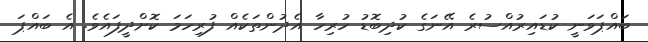
ބައްޕަވަނީ ކުޑައިރުއްސުރެ އޭނަގެ ކުދިބޮޑު ހުރިހާ އެދުންތަކެއް ފުރިހަމަ ކޮށްދީފައެވެ. އެ ބައްޕަ